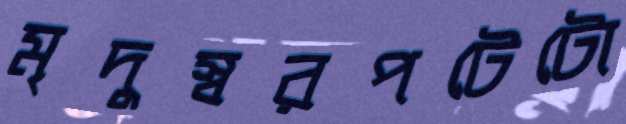
মৃদুস্বরপটেটো